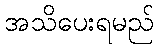
အသိပေးရမည်